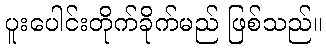
ပူးပေါင်းတိုက်ခိုက်မည် ဖြစ်သည်။